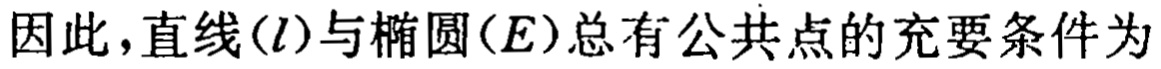
因此，直线\((l)\)与椭圆\((E)\)总有公共点的充要条件为